Scottish Leaving Certificate Examination, 1955
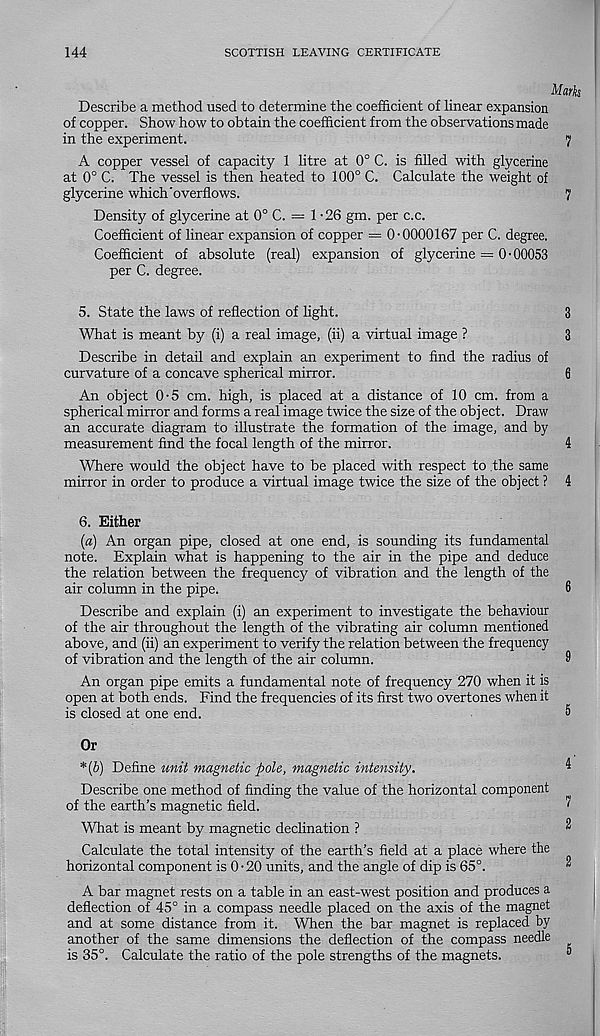
144
SCOTTISH LEAVING CERTIFICATE
Describe a method used to determine the coefficient of linear expansion
of copper. Show how to obtain the coefficient from the observations made
in the experiment.
7
A copper vessel of capacity 1 litre at 0° C. is filled with glycerine
at 0° C. The vessel is then heated to 100° C. Calculate the weight of
glycerine which'overflows.
7
Density of glycerine at 0° C. = 1 - 26 gm. per c.c.
Coefficient of linear expansion of copper = 0-0000167 per C. degree.
Coefficient of absolute (real) expansion of glycerine = 0 • 00053
per C. degree.
5. State the laws of reflection of light.
3
What is meant by (i) a real image, (ii) a virtual image ?
3
Describe in detail and explain an experiment to find the radius of
curvature of a concave spherical mirror.
6
An object 0-5 cm. high, is placed at a distance of 10 cm. from a
spherical mirror and forms a real image twice the size of the object. Draw
an accurate diagram to illustrate the formation of the image, and by
measurement find the focal length of the mirror.
4
Where would the object have to be placed with respect to .the same
mirror in order to produce a virtual image twice the size of the object ? 4
6. Either
(«) An organ pipe, closed at one end, is sounding its fundamental
note. Explain what is happening to the air in the pipe and deduce
the relation between the frequency of vibration and the length of the
air column in the pipe.
Describe and explain (i) an experiment to investigate the behaviour
of the air throughout the length of the vibrating air column mentioned
above, and (ii) an experiment to verify the relation between the frequency
of vibration and the length of the air column.
An organ pipe emits a fundamental note of frequency 270 when it is
open at both ends. Find the frequencies of its first two overtones when it
is closed at one end.
Or
*(b) Define unit magnetic pole, magnetic intensity.
Describe one method of finding the value of the horizontal component
of the earth’s magnetic field.
What is meant by magnetic declination ?
Calculate the total intensity of the earth’s field at a place where the
horizontal component is 0-20 units, and the angle of dip is 65°.
A bar magnet rests on a table in an east-west position and produces a
deflection of 45° in a compass needle placed on the axis of the magnet
and at some distance from it. When the bar magnet is replaced by
another of the same dimensions the deflection of the compass needle
is 35°. Calculate the ratio of the pole strengths of the magnets.